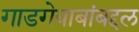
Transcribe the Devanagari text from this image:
गाडगेबाबांबद्दल